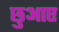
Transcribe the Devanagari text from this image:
छुआए